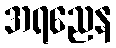
အရညေန